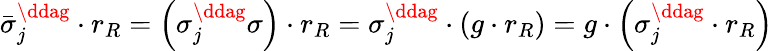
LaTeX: \bar{\sigma}_{j}^{\ddag}\cdot r_{R}=\left(\sigma_{j}^{\ddag}\sigma\right)\cdot r_{R}=\sigma_{j}^{\ddag}\cdot\left(g\cdot r_{R}\right)=g\cdot\left(\sigma_{j}^{\ddag}\cdot r_{R}\right)